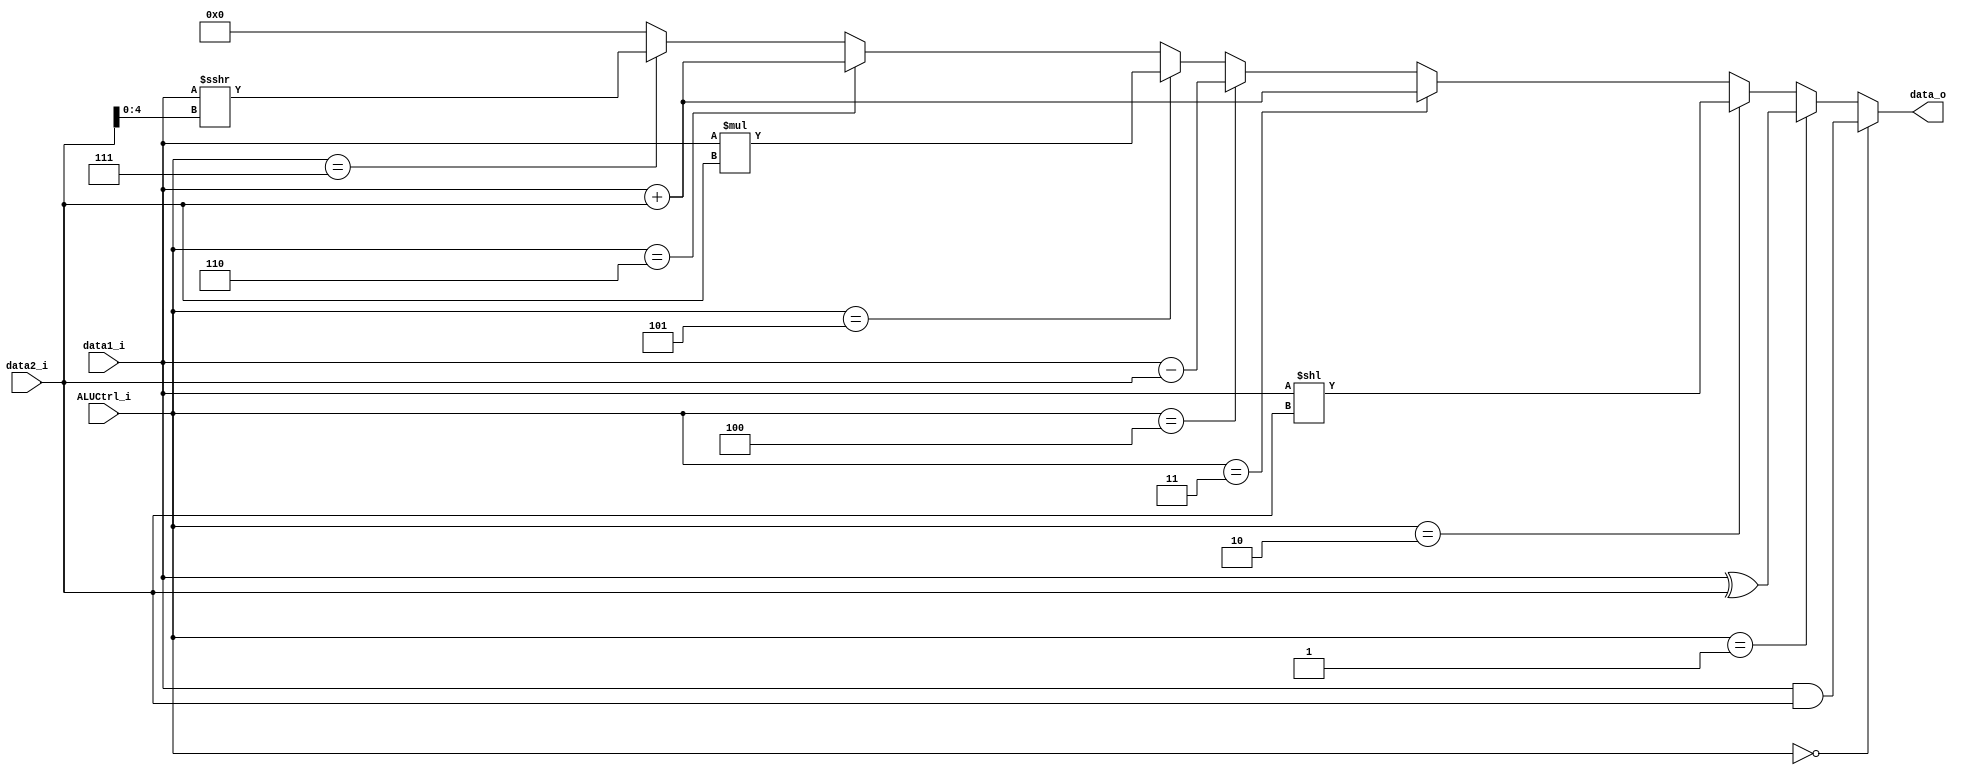
module ALU
(
    data1_i,
    data2_i,
    ALUCtrl_i,
    data_o,
);

// Ports
input   signed  [31:0]  data1_i;
input   signed  [31:0]  data2_i;
input   [2:0]           ALUCtrl_i;
output  signed  [31:0]  data_o;

assign data_o = (ALUCtrl_i == 3'b000) ? data1_i &   data2_i: // and
                (ALUCtrl_i == 3'b001) ? data1_i ^   data2_i: // xor
                (ALUCtrl_i == 3'b010) ? data1_i <<  data2_i: // sll
                (ALUCtrl_i == 3'b011) ? data1_i +   data2_i: // add
                (ALUCtrl_i == 3'b100) ? data1_i -   data2_i: // sub
                (ALUCtrl_i == 3'b101) ? data1_i *   data2_i: // mul
                (ALUCtrl_i == 3'b110) ? data1_i +   data2_i: // addi
                (ALUCtrl_i == 3'b111) ? data1_i >>> data2_i[4:0]: // sra  Unsigned right shift operator
                32'b0;

endmodule